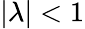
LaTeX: |\lambda|<1